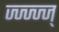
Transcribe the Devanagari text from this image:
ज्ज्ज्ज्ज्